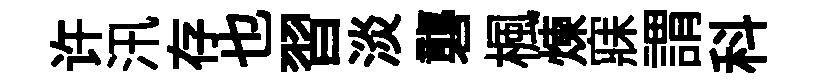
许汛存也習淡礱楓煉寐謂科